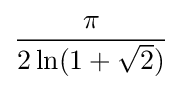
{\frac {\pi }{2\ln(1+{\sqrt {2}})}}